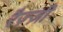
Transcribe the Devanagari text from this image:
रैज़्ज़ी